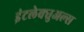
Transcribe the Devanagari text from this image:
इंटलेक्चुअल्स